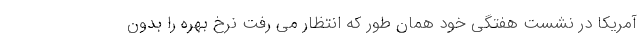
آمریکا در نشست هفتگی خود همان طور که انتظار می رفت نرخ بهره را بدون